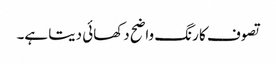
تصوف کا رنگ واضح دکھائی دیتا ہے۔